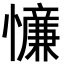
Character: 𪬸